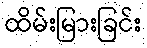
ထိမ်းမြားခြင်း